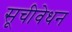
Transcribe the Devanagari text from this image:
सूचीवेधन